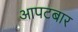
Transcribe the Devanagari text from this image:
आपटबार